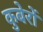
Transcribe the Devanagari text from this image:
कुबेरों